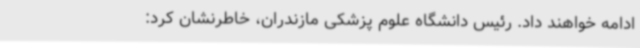
ادامه خواهند داد. رئیس دانشگاه علوم پزشکی مازندران، خاطرنشان کرد: